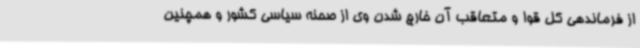
از فرماندهی کل قوا و متعاقب آن خارج شدن وی از صحنه سیاسی کشور و همچنین